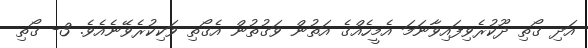
އަދި ގޯތި ދޫކުރެވިފައިވާނަމަ އެމީހެއްގެ އަތުން ވަގުތުން އެގޯތި ވަކިކުރެވޭނެއެވެ. 3- ގޯތި